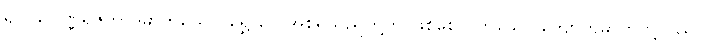
၍။ သုဝဏ္ဏရဇတာဒိဓာတုယော၊ ရွှေ ငွေ အစရှိသည်တို့ကို ဖြစ်စေတတ်သော ကျောက်ဓာတ်တို့သည်။